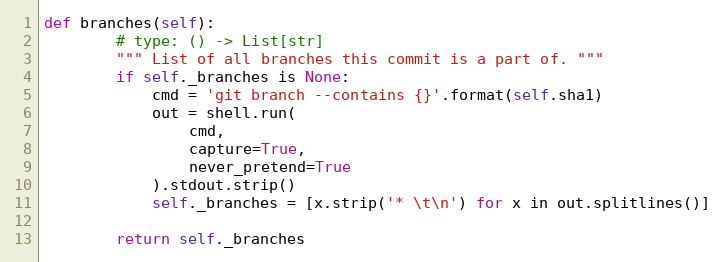
Language: Python
def branches(self):
        # type: () -> List[str]
        """ List of all branches this commit is a part of. """
        if self._branches is None:
            cmd = 'git branch --contains {}'.format(self.sha1)
            out = shell.run(
                cmd,
                capture=True,
                never_pretend=True
            ).stdout.strip()
            self._branches = [x.strip('* \t\n') for x in out.splitlines()]

        return self._branches